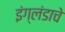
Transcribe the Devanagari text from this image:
इंग्लंडाचे